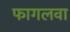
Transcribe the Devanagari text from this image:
फागलवा